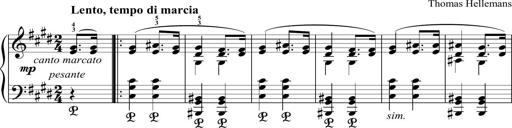
Title: Funeral March and Sonatina
Composer: Thomas Hellemans
Key: C-sharp minor